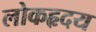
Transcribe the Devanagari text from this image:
लोकहृदय